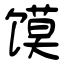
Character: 馍